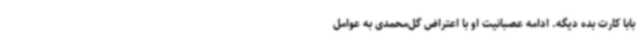
بابا کارت بده دیگه. ادامه عصبانیت او با اعتراض گل‌محمدی به عوامل